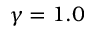
\gamma = 1 . 0